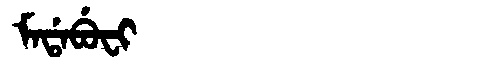
Manchu: ᠮᠠᡩᠠᠪᡠᠸᡳ
Romanization: MADABUFI